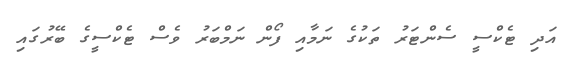
އަދި ޓެކްސީ ސެންޓަރު ތަކުގެ ނަމާއި ފޯން ނަމްބަރު ވެސް ޓެކްސީގެ ބޭރުގައި